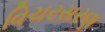
વિચરસરણ